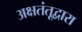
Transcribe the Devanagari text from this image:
अक्षतंतूद्वारा